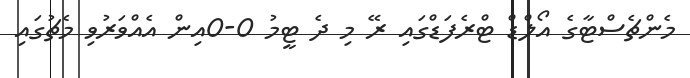
މެންޗެސްޓާގެ އޯލްޑް ޓްރެފަޑްގައި ރޭ މި ދެ ޓީމު 0-0އިން އެއްވަރުވި މެޗުގައި